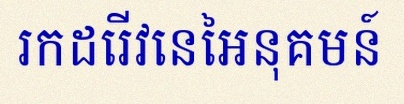
រកដេរីវេនៃអនុគមន៍